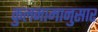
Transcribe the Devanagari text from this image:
कुलनामानुसार